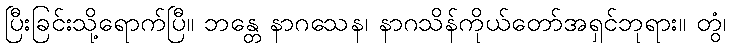
ပြီးခြင်းသို့ရောက်ပြီ။ ဘန္တေ နာဂသေန၊ နာဂသိန်ကိုယ်တော်အရှင်ဘုရား။ တွံ၊